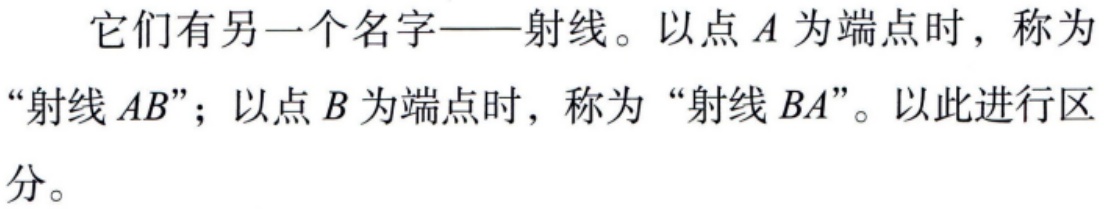
它们有另一个名字——射线。以点\(A\)为端点时，称为“射线\(AB\)”；以点\(B\)为端点时，称为“射线\(BA\)”。以此进行区分。